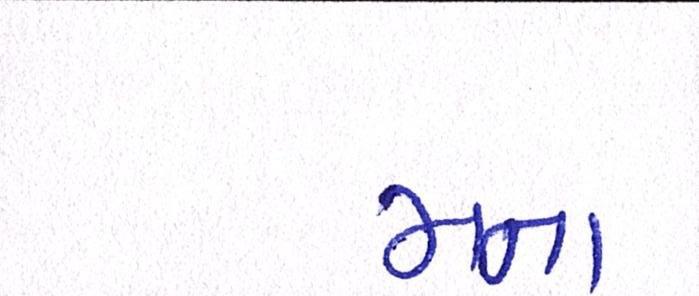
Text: મના